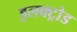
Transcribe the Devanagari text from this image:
इलक्ट्रोड